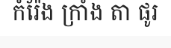
កំរ៉ែង ក្រាំង តា ផូរ